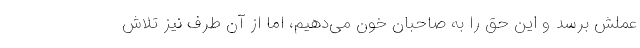
عملش برسد و این حق را به صاحبان خون می‌دهیم، اما از آن طرف نیز تلاش